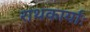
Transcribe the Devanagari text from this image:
राथकार्याः